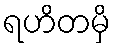
ရဟိတမှိ